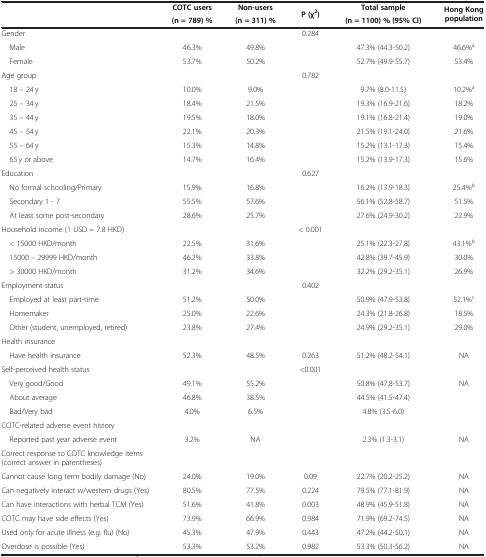
<table><thead><tr><td rowspan="2"><b> </b></td><td><b>COTC users</b></td><td><b>Non-users</b></td><td rowspan="2"><b>P (χ<sup>2</sup>)</b></td><td><b>Total sample</b></td><td rowspan="2"><b>Hong Kong population</b></td></tr><tr><td><b>(n = 789) %</b></td><td><b>(n = 311) %</b></td><td><b>(n = 1100) % (95% CI)</b></td></tr></thead><tbody><tr><td>Gender</td><td> </td><td> </td><td>0.284</td><td> </td><td> </td></tr><tr><td> Male</td><td>46.3%</td><td>49.8%</td><td> </td><td>47.3% (44.3-50.2)</td><td>46.6%<sup>a</sup></td></tr><tr><td> Female</td><td>53.7%</td><td>50.2%</td><td> </td><td>52.7% (49.9-55.7)</td><td>53.4%</td></tr><tr><td>Age group</td><td> </td><td> </td><td>0.782</td><td> </td><td> </td></tr><tr><td> 18 – 24 y</td><td>10.0%</td><td>9.0%</td><td> </td><td>9.7% (8.0-11.5)</td><td>10.2%<sup>a</sup></td></tr><tr><td> 25 – 34 y</td><td>18.4%</td><td>21.5%</td><td> </td><td>19.3% (16.9-21.6)</td><td>18.2%</td></tr><tr><td> 35 – 44 y</td><td>19.5%</td><td>18.0%</td><td> </td><td>19.1% (16.8-21.4)</td><td>19.0%</td></tr><tr><td> 45 – 54 y</td><td>22.1%</td><td>20.3%</td><td> </td><td>21.5% (19.1-24.0)</td><td>21.6%</td></tr><tr><td> 55 – 64 y</td><td>15.3%</td><td>14.8%</td><td> </td><td>15.2% (13.1-17.3)</td><td>15.4%</td></tr><tr><td> 65 y or above</td><td>14.7%</td><td>16.4%</td><td> </td><td>15.2% (13.9-17.3)</td><td>15.6%</td></tr><tr><td>Education</td><td> </td><td> </td><td>0.627</td><td> </td><td> </td></tr><tr><td> No formal schooling/Primary</td><td>15.9%</td><td>16.8%</td><td> </td><td>16.2% (13.9-18.3)</td><td>25.4%<sup>b</sup></td></tr><tr><td> Secondary 1 - 7</td><td>55.5%</td><td>57.6%</td><td> </td><td>56.1% (52.8-58.7)</td><td>51.5%</td></tr><tr><td> At least some post-secondary</td><td>28.6%</td><td>25.7%</td><td> </td><td>27.6% (24.9-30.2)</td><td>22.9%</td></tr><tr><td>Household income (1 USD = 7.8 HKD)</td><td> </td><td> </td><td>&lt; 0.001</td><td> </td><td> </td></tr><tr><td> &lt; 15000 HKD/month</td><td>22.5%</td><td>31.6%</td><td> </td><td>25.1% (22.3-27.8)</td><td>43.1%<sup>b</sup></td></tr><tr><td> 15000 – 29999 HKD/month</td><td>46.2%</td><td>33.8%</td><td> </td><td>42.8% (39.7-45.9)</td><td>30.0%</td></tr><tr><td> &gt; 30000 HKD/month</td><td>31.2%</td><td>34.6%</td><td> </td><td>32.2% (29.2-35.1)</td><td>26.9%</td></tr><tr><td>Employment status</td><td> </td><td> </td><td>0.402</td><td> </td><td> </td></tr><tr><td> Employed at least part-time</td><td>51.2%</td><td>50.0%</td><td> </td><td>50.9% (47.9-53.8)</td><td>52.1%<sup>c</sup></td></tr><tr><td> Homemaker</td><td>25.0%</td><td>22.6%</td><td> </td><td>24.3% (21.8-26.8)</td><td>18.5%</td></tr><tr><td> Other (student, unemployed, retired)</td><td>23.8%</td><td>27.4%</td><td> </td><td>24.9% (29.2-35.1)</td><td>29.0%</td></tr><tr><td>Health insurance</td><td> </td><td> </td><td> </td><td> </td><td> </td></tr><tr><td> Have health insurance</td><td>52.3%</td><td>48.5%</td><td>0.263</td><td>51.2% (48.2-54.1)</td><td>NA</td></tr><tr><td>Self-perceived health status</td><td> </td><td> </td><td>&lt;0.001</td><td> </td><td> </td></tr><tr><td> Very good/Good</td><td>49.1%</td><td>55.2%</td><td> </td><td>50.8% (47.8-53.7)</td><td>NA</td></tr><tr><td> About average</td><td>46.8%</td><td>38.5%</td><td> </td><td>44.5% (41.5-47.4)</td><td> </td></tr><tr><td> Bad/Very bad</td><td>4.0%</td><td>6.5%</td><td> </td><td>4.8% (3.5-6.0)</td><td> </td></tr><tr><td>COTC-related adverse event history</td><td> </td><td> </td><td> </td><td> </td><td> </td></tr><tr><td> Reported past year adverse event</td><td>3.2%</td><td>NA</td><td> </td><td>2.3% (1.3-3.1)</td><td>NA</td></tr><tr><td>Correct response to COTC knowledge items (correct answer in parentheses)</td><td colspan="3"> </td><td> </td><td> </td></tr><tr><td>Cannot cause long term bodily damage (No)</td><td>24.0%</td><td>19.0%</td><td>0.09</td><td>22.7% (20.2-25.2)</td><td>NA</td></tr><tr><td>Can negatively interact w/western drugs (Yes)</td><td>80.5%</td><td>77.5%</td><td>0.224</td><td>79.5% (77.1-81.9)</td><td>NA</td></tr><tr><td>Can have interactions with herbal TCM (Yes)</td><td>51.6%</td><td>41.8%</td><td>0.003</td><td>48.9% (45.9-51.8)</td><td>NA</td></tr><tr><td>COTC may have side effects (Yes)</td><td>73.9%</td><td>66.9%</td><td>0.984</td><td>71.9% (69.2-74.5)</td><td>NA</td></tr><tr><td>Used only for acute illness (e.g. flu) (No)</td><td>45.3%</td><td>47.9%</td><td>0.443</td><td>47.2% (44.2-50.1)</td><td>NA</td></tr><tr><td>Overdose is possible (Yes)</td><td>53.3%</td><td>53.2%</td><td>0.982</td><td>53.3% (50.3-56.2)</td><td>NA</td></tr></tbody></table>